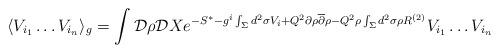
LaTeX: \begin{align*}\langle V_{i_1} \dots V_{i_n} \rangle_g = \int {\cal D}\rho {\cal D}X e^{-S^* -g^i\int _\Sigma d^2\sigma V_i + Q^2\partial \rho {\overline \partial} \rho - Q^2\rho \int_\Sigma d^2\sigma \rho R^{(2)}} V_{i_1} \dots V_{i_n}\end{align*}